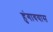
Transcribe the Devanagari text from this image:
हुंगावयास